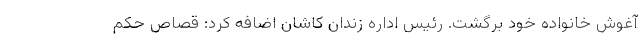
آغوش خانواده خود برگشت. رئیس اداره زندان کاشان اضافه کرد: قصاص حکم